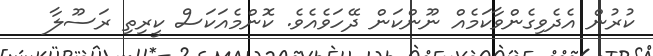
ކުރުން އެދެވިގެންވާކަމެއް ނޫންކަން ދޭހަވެއެވެ. ކޮންމެއަކަސް ކީރިތި ރަސޫލާ